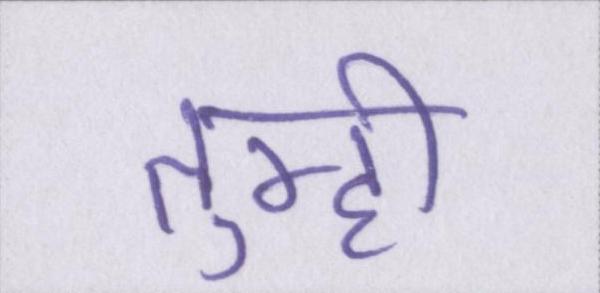
तुम्ही